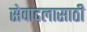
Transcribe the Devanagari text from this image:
सेवादलासाठी